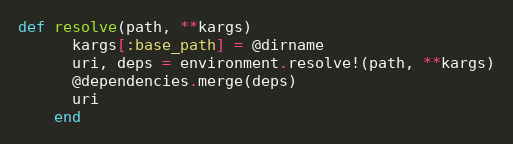
Language: Ruby
def resolve(path, **kargs)
      kargs[:base_path] = @dirname
      uri, deps = environment.resolve!(path, **kargs)
      @dependencies.merge(deps)
      uri
    end